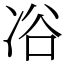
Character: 𠗖